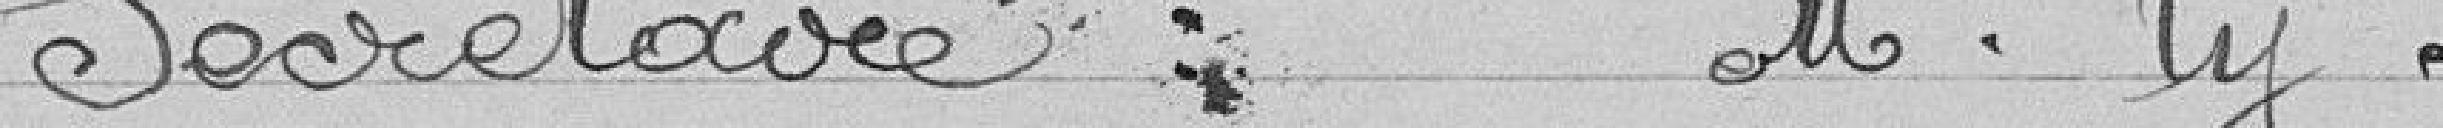
Secrétaire : M. Py.